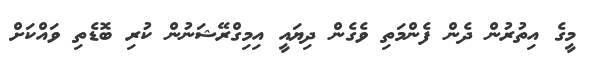
މީގެ އިތުރުން ދެން ފެންމަތި ވެގެން ދިޔައީ އިމިގްރޭޝަނުން ކުރި ބޮޑެތި ވައްކަށް